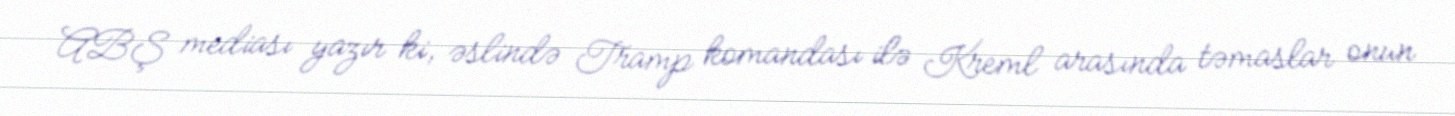
ABŞ mediası yazır ki, əslində Tramp komandası ilə Kreml arasında təmaslar onun